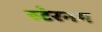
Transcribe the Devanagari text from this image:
स्टेरनम